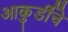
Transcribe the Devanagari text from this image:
आकुर्डीचे